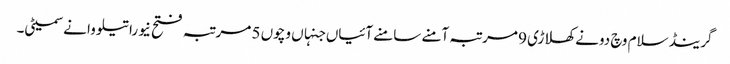
گرینڈ سلام وچ دونے کھلاڑی 9 مرتبہ آمنے سامنے آئیاں جنہاں وچو‏ں 5 مرتبہ فتح نیوراتیلووا نے سمیٹی۔